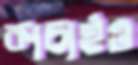
কাচাইও